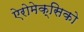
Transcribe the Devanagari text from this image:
ऐरोमेक्सिको